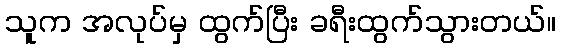
သူက အလုပ်မှ ထွက်ပြီး ခရီးထွက်သွားတယ်။